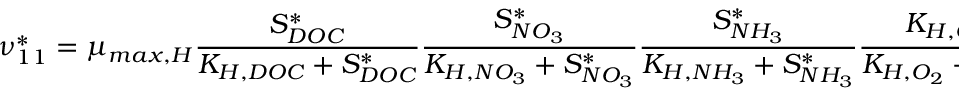
\nu _ { 1 1 } ^ { * } = \mu _ { m a x , H } \frac { S _ { D O C } ^ { * } } { K _ { H , D O C } + S _ { D O C } ^ { * } } \frac { S _ { N O _ { 3 } } ^ { * } } { K _ { H , N O _ { 3 } } + S _ { N O _ { 3 } } ^ { * } } \frac { S _ { N H _ { 3 } } ^ { * } } { K _ { H , N H _ { 3 } } + S _ { N H _ { 3 } } ^ { * } } \frac { K _ { H , O _ { 2 } } } { K _ { H , O _ { 2 } } + S _ { O _ { 2 } } ^ { * } } \frac { K _ { M ^ { * } } ^ { i n } } { K _ { M } ^ { i n } + M ^ { * } } \psi _ { d _ { H } } ^ { * }